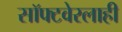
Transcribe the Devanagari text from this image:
सॉफ्टवेरलाही